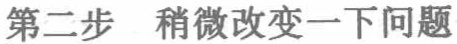
第二步 稍微改变一下问题